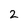
Character: 2